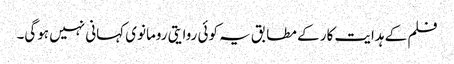
فلم کے ہدایت کار کے مطابق یہ کوئی روایتی رومانوی کہانی نہیں ہوگی۔